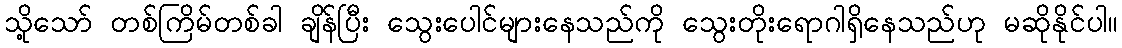
သို့သော် တစ်ကြိမ်တစ်ခါ ချိန်ပြီး သွေးပေါင်များနေသည်ကို သွေးတိုးရောဂါရှိနေသည်ဟု မဆိုနိုင်ပါ။